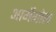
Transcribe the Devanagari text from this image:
आर्मेगोल